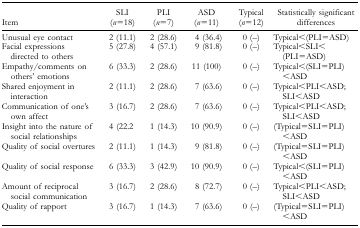
| Item | SLI (n = 18) | PLI (n = 7) | ASD (n = 11) | Typical (n = 12) | Statistically significant differences |
 | --- | --- | --- | --- | --- | --- |
 | Unusual eye contact | 2 (11.1) | 2 (28.6) | 4 (36.4) | 0 (–) | Typical<(PLI = ASD) |
 | Facial expressions directed to others | 5 (27.8) | 4 (57.1) | 9 (81.8) | 0 (–) | Typical<SLI<(PLI = ASD) |
 | Empathy/comments on others' emotions | 6 (33.3) | 2 (28.6) | 11 (100) | 0 (–) | Typical<(SLI = PLI)<ASD |
 | Shared enjoyment in interaction | 2 (11.1) | 2 (28.6) | 7 (63.6) | 0 (–) | Typical<PLI<ASD; SLI<ASD |
 | Communication of one's own affect | 3 (16.7) | 2 (28.6) | 7 (63.6) | 0 (–) | Typical<PLI<ASD; SLI<ASD |
 | Insight into the nature of social relationships | 4 (22.2 | 1 (14.3) | 10 (90.9) | 0 (–) | (Typical = SLI = PLI)<ASD |
 | Quality of social overtures | 2 (11.1) | 1 (14.3) | 9 (81.8) | 0 (–) | (Typical = SLI = PLI)<ASD |
 | Quality of social response | 6 (33.3) | 3 (42.9) | 10 (90.9) | 0 (–) | Typical<(SLI = PLI)<ASD |
 | Amount of reciprocal social communication | 3 (16.7) | 2 (28.6) | 8 (72.7) | 0 (–) | Typical<PLI<ASD; SLI<ASD |
 | Quality of rapport | 3 (16.7) | 1 (14.3) | 7 (63.6) | 0 (–) | (Typical = SLI = PLI)<ASD |